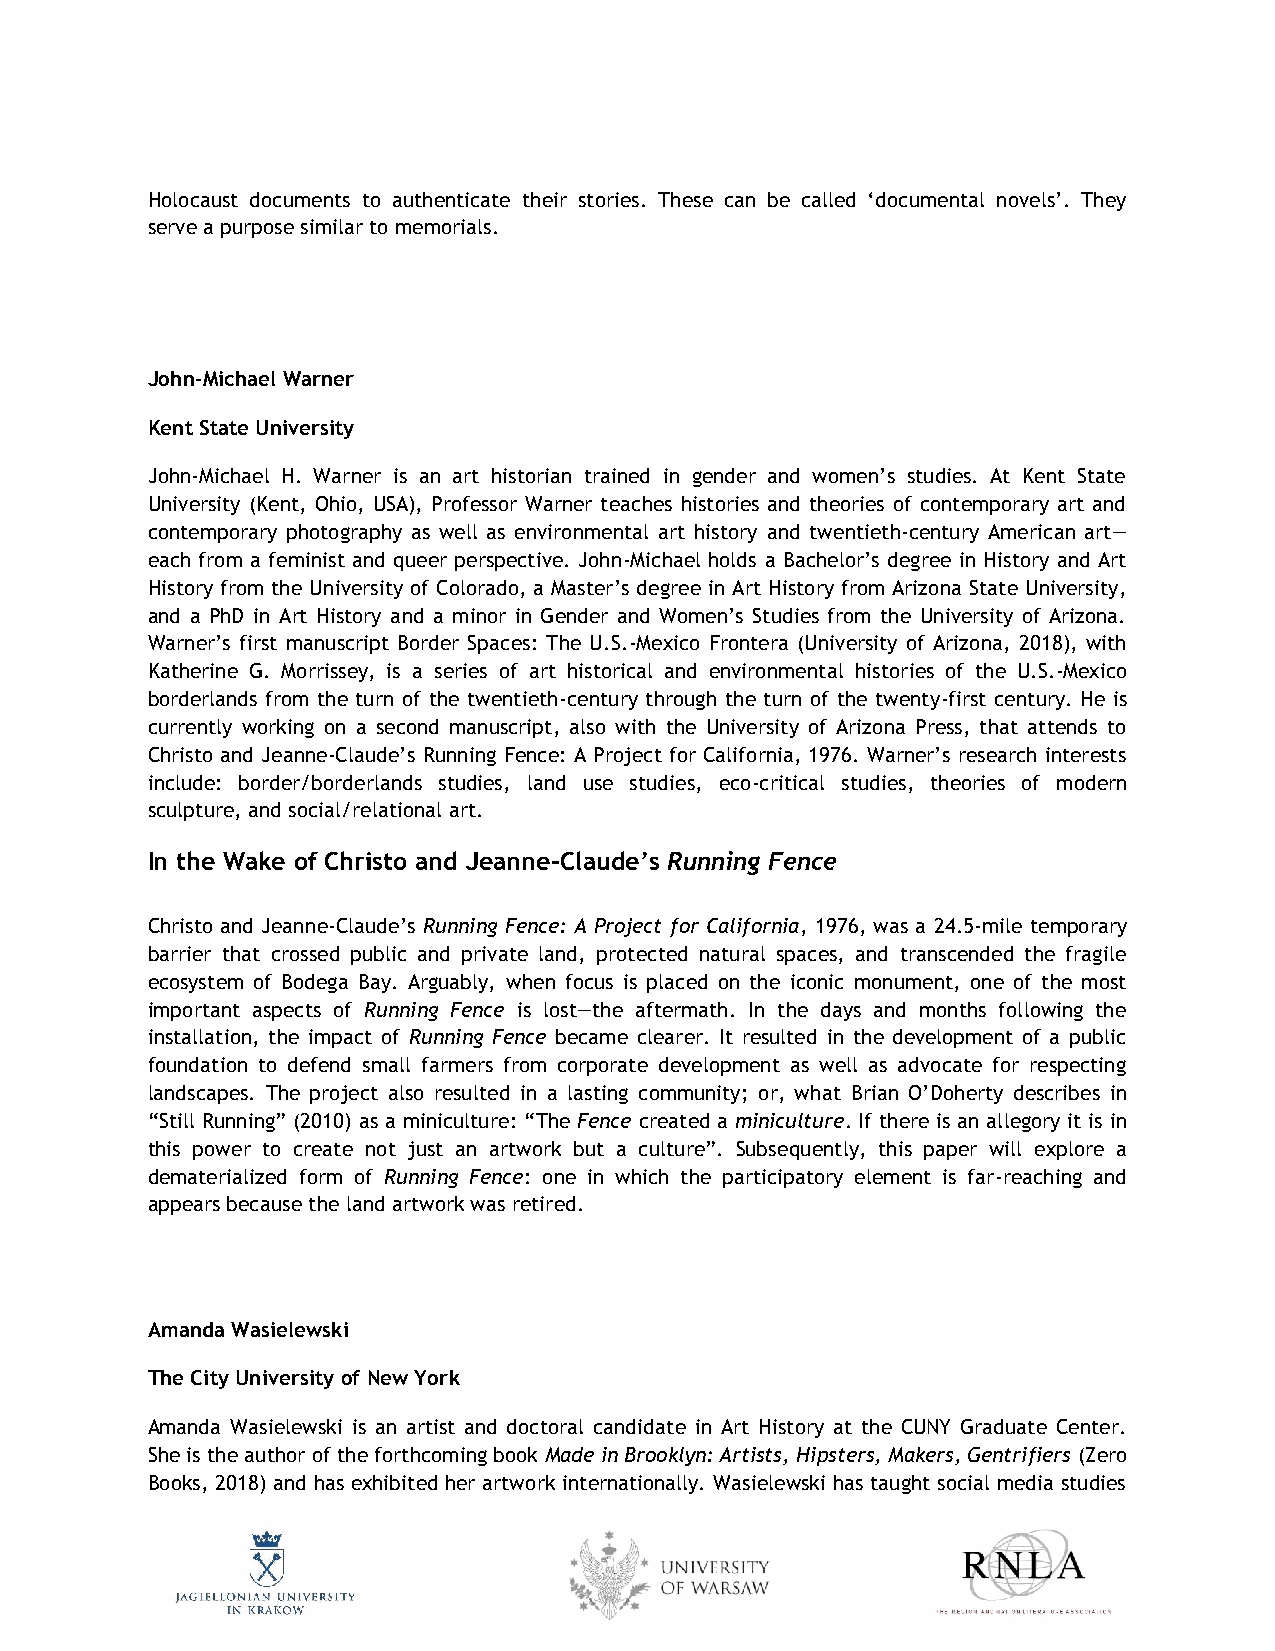
Holocaust documents to authenticate their stories. These can be called ‘documental novels’. They
 serve a purpose similar to memorials.
 John-Michael Warner
 Kent State University
 John-Michael H. Warner is an art historian trained in gender and women’s studies. At Kent State
 University (Kent, Ohio, USA), Professor Warner teaches histories and theories of contemporary art and
 contemporary photography as well as environmental art history and twentieth-century American art—
 each from a feminist and queer perspective. John-Michael holds a Bachelor’s degree in History and Art
 History from the University of Colorado, a Master’s degree in Art History from Arizona State University,
 and a PhD in Art History and a minor in Gender and Women’s Studies from the University of Arizona.
 Warner’s first manuscript Border Spaces: The U.S.-Mexico Frontera (University of Arizona, 2018), with
 Katherine G. Morrissey, is a series of art historical and environmental histories of the U.S.-Mexico
 borderlands from the turn of the twentieth-century through the turn of the twenty-first century. He is
 currently working on a second manuscript, also with the University of Arizona Press, that attends to
 Christo and Jeanne-Claude’s Running Fence: A Project for California, 1976. Warner’s research interests
 include: border/borderlands studies, land use studies, eco-critical studies, theories of modern
 sculpture, and social/relational art.
 In the Wake of Christo and Jeanne-Claude’s Running Fence
 Christo and Jeanne-Claude’s Running Fence: A Project for California, 1976, was a 24.5-mile temporary
 barrier that crossed public and private land, protected natural spaces, and transcended the fragile
 ecosystem of Bodega Bay. Arguably, when focus is placed on the iconic monument, one of the most
 important aspects of Running Fence is lost—the aftermath. In the days and months following the
 installation, the impact of Running Fence became clearer. It resulted in the development of a public
 foundation to defend small farmers from corporate development as well as advocate for respecting
 landscapes. The project also resulted in a lasting community; or, what Brian O’Doherty describes in
 “Still Running” (2010) as a miniculture: “The Fence created a miniculture. If there is an allegory it is in
 this power to create not just an artwork but a culture”. Subsequently, this paper will explore a
 dematerialized form of Running Fence: one in which the participatory element is far-reaching and
 appears because the land artwork was retired.
 Amanda Wasielewski
 The City University of New York
 Amanda Wasielewski is an artist and doctoral candidate in Art History at the CUNY Graduate Center.
 She is the author of the forthcoming book Made in Brooklyn: Artists, Hipsters, Makers, Gentrifiers (Zero
 Books, 2018) and has exhibited her artwork internationally. Wasielewski has taught social media studies